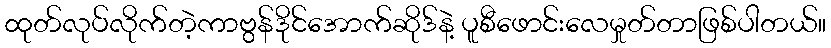
ထုတ်လုပ်လိုက်တဲ့ကာဗွန်ဒိုင်အောက်ဆိုဒ်နဲ့ ပူစီဖောင်းလေမှုတ်တာဖြစ်ပါတယ်။